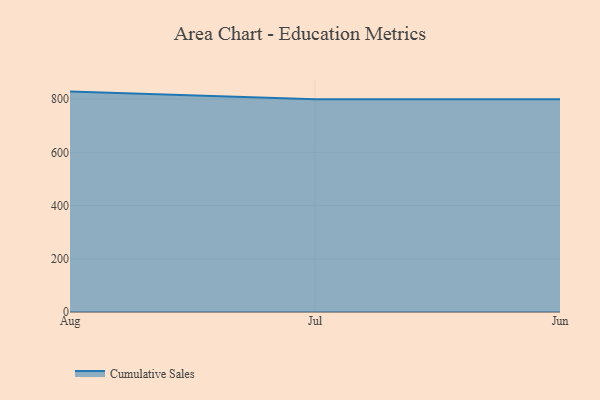
{"axis": {"x": "Month", "y": "Churn Rate (%)"}, "legend": ["Cumulative Sales"], "data": [{"x": "Aug", "y": 828.6, "type": "Cumulative Sales"}, {"x": "Jul", "y": 800, "type": "Cumulative Sales"}, {"x": "Jun", "y": 800, "type": "Cumulative Sales"}]}